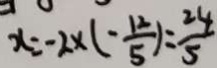
x = - 2 \times ( - \frac { 1 2 } { 5 } ) = \frac { 2 4 } { 5 }